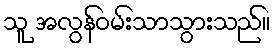
သူ အလွန်ဝမ်းသာသွားသည်။